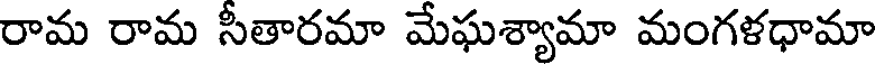
రామ రామ సీతారమా మేఘశ్యామా మంగళధామా